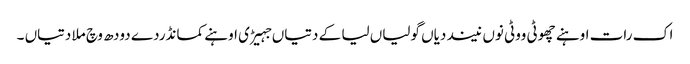
اک رات اوہنے چھوٹی ووٹی نوں نیند دیاں گولیاں لیا کے دتیاں جہیڑی اوہنے کمانڈردے دودھ وچ ملا دتیاں ۔